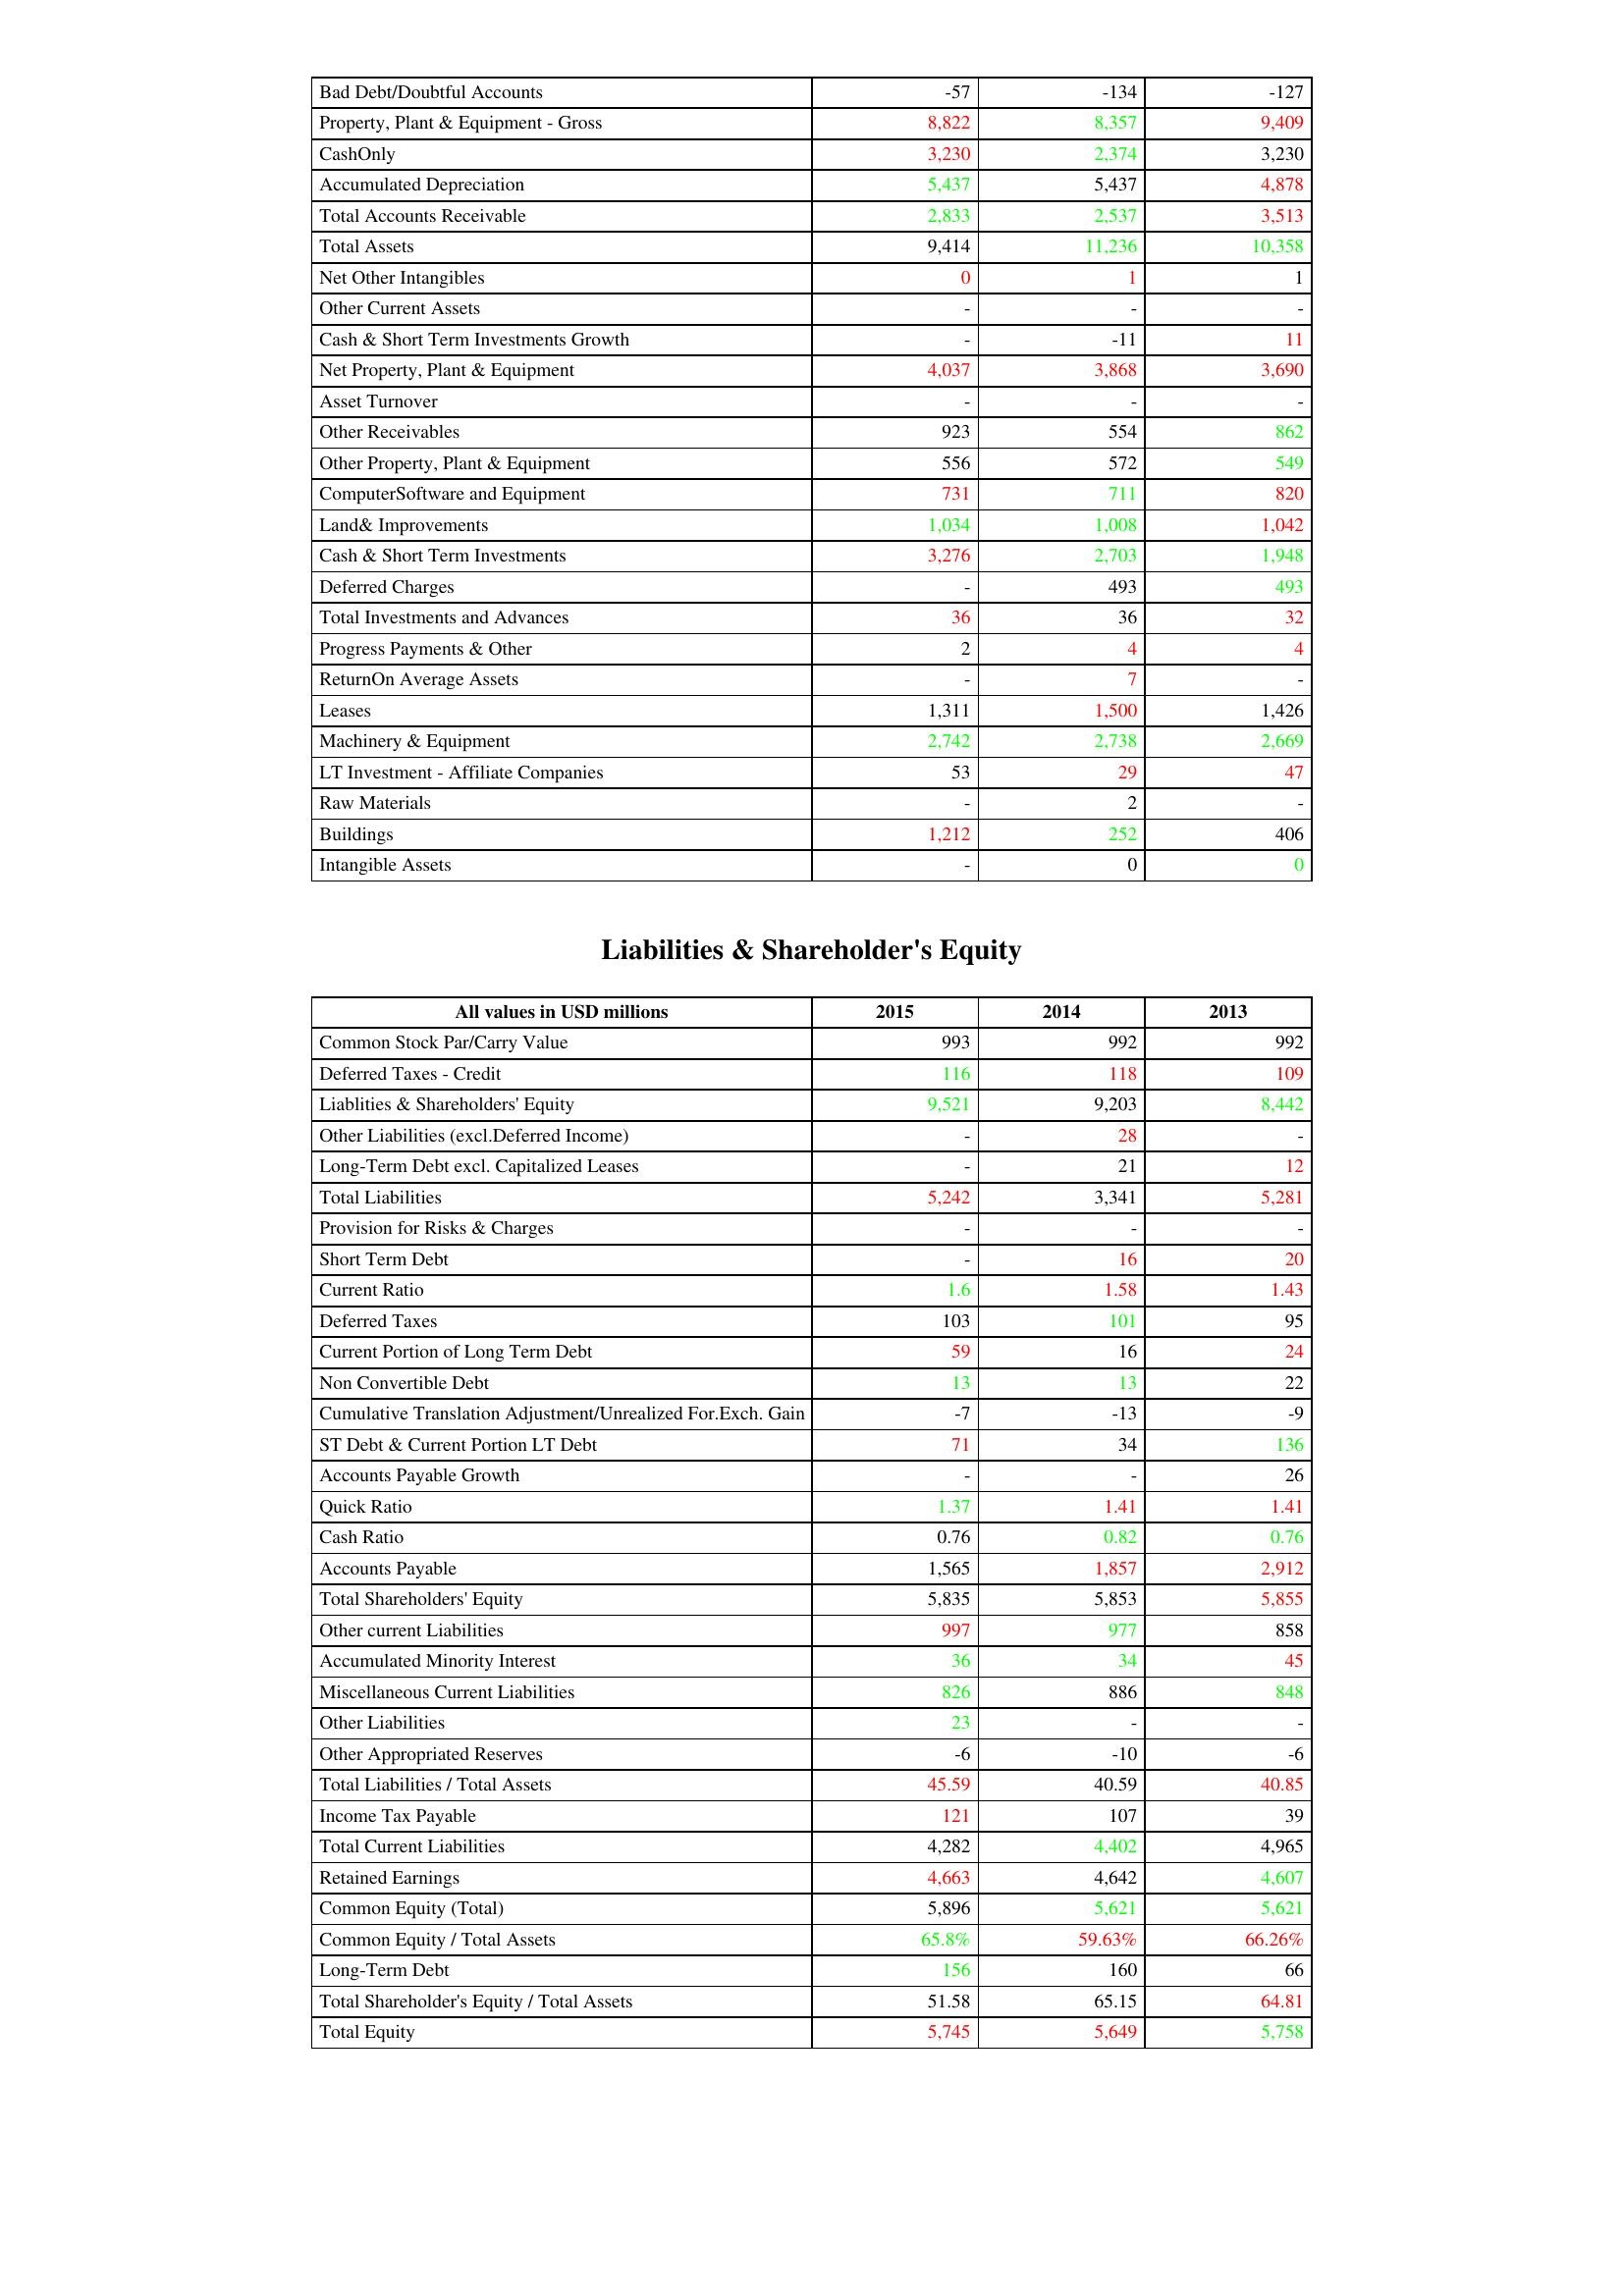
gt_parse: 2015: Assets: Bad Debt/Doubtful Accounts: -57
Property, Plant & Equipment - Gross : 8,822
CashOnly: 3,230
Accumulated Depreciation: 5,437
Total Accounts Receivable: 2,833
Total Assets: 9,414
Net Other Intangibles: 0
Other Current Assets: -
Cash & Short Term Investments Growth: -
Net Property, Plant & Equipment: 4,037
Asset Turnover: -
Other Receivables: 923
Other Property, Plant & Equipment: 556
ComputerSoftware and Equipment: 731
Land& Improvements: 1,034
Cash & Short Term Investments: 3,276
Deferred Charges: -
Total Investments and Advances: 36
Progress Payments & Other: 2
ReturnOn Average Assets: -
Leases: 1,311
Machinery & Equipment: 2,742
LT Investment - Affiliate Companies: 53
Raw Materials: -
Buildings: 1,212
Intangible Assets: -
Liabilities & Shareholder's Equity: Common Stock Par/Carry Value: 993
Deferred Taxes - Credit: 116
Liablities & Shareholders' Equity: 9,521
Other Liabilities (excl.Deferred Income): -
Long-Term Debt excl. Capitalized Leases: -
Total Liabilities: 5,242
Provision for Risks & Charges: -
Short Term Debt: -
Current Ratio: 1.6
Deferred Taxes: 103
Current Portion of Long Term Debt: 59
Non Convertible Debt: 13
Cumulative Translation Adjustment/Unrealized For.Exch. Gain: -7
ST Debt & Current Portion LT Debt: 71
Accounts Payable Growth: -
Quick Ratio: 1.37
Cash Ratio: 0.76
Accounts Payable: 1,565
Total Shareholders' Equity: 5,835
Other current Liabilities: 997
Accumulated Minority Interest: 36
Miscellaneous Current Liabilities: 826
Other Liabilities: 23
Other Appropriated Reserves: -6
Total Liabilities / Total Assets: 45.59
Income Tax Payable: 121
Total Current Liabilities: 4,282
Retained Earnings: 4,663
Common Equity (Total): 5,896
Common Equity / Total Assets: 65.8%
Long-Term Debt: 156
Total Shareholder's Equity / Total Assets: 51.58
Total Equity: 5,745
2014: Assets: Bad Debt/Doubtful Accounts: -134
Property, Plant & Equipment - Gross : 8,357
CashOnly: 2,374
Accumulated Depreciation: 5,437
Total Accounts Receivable: 2,537
Total Assets: 11,236
Net Other Intangibles: 1
Other Current Assets: -
Cash & Short Term Investments Growth: -11
Net Property, Plant & Equipment: 3,868
Asset Turnover: -
Other Receivables: 554
Other Property, Plant & Equipment: 572
ComputerSoftware and Equipment: 711
Land& Improvements: 1,008
Cash & Short Term Investments: 2,703
Deferred Charges: 493
Total Investments and Advances: 36
Progress Payments & Other: 4
ReturnOn Average Assets: 7
Leases: 1,500
Machinery & Equipment: 2,738
LT Investment - Affiliate Companies: 29
Raw Materials: 2
Buildings: 252
Intangible Assets: 0
Liabilities & Shareholder's Equity: Common Stock Par/Carry Value: 992
Deferred Taxes - Credit: 118
Liablities & Shareholders' Equity: 9,203
Other Liabilities (excl.Deferred Income): 28
Long-Term Debt excl. Capitalized Leases: 21
Total Liabilities: 3,341
Provision for Risks & Charges: -
Short Term Debt: 16
Current Ratio: 1.58
Deferred Taxes: 101
Current Portion of Long Term Debt: 16
Non Convertible Debt: 13
Cumulative Translation Adjustment/Unrealized For.Exch. Gain: -13
ST Debt & Current Portion LT Debt: 34
Accounts Payable Growth: -
Quick Ratio: 1.41
Cash Ratio: 0.82
Accounts Payable: 1,857
Total Shareholders' Equity: 5,853
Other current Liabilities: 977
Accumulated Minority Interest: 34
Miscellaneous Current Liabilities: 886
Other Liabilities: -
Other Appropriated Reserves: -10
Total Liabilities / Total Assets: 40.59
Income Tax Payable: 107
Total Current Liabilities: 4,402
Retained Earnings: 4,642
Common Equity (Total): 5,621
Common Equity / Total Assets: 59.63%
Long-Term Debt: 160
Total Shareholder's Equity / Total Assets: 65.15
Total Equity: 5,649
2013: Assets: Bad Debt/Doubtful Accounts: -127
Property, Plant & Equipment - Gross : 9,409
CashOnly: 3,230
Accumulated Depreciation: 4,878
Total Accounts Receivable: 3,513
Total Assets: 10,358
Net Other Intangibles: 1
Other Current Assets: -
Cash & Short Term Investments Growth: 11
Net Property, Plant & Equipment: 3,690
Asset Turnover: -
Other Receivables: 862
Other Property, Plant & Equipment: 549
ComputerSoftware and Equipment: 820
Land& Improvements: 1,042
Cash & Short Term Investments: 1,948
Deferred Charges: 493
Total Investments and Advances: 32
Progress Payments & Other: 4
ReturnOn Average Assets: -
Leases: 1,426
Machinery & Equipment: 2,669
LT Investment - Affiliate Companies: 47
Raw Materials: -
Buildings: 406
Intangible Assets: 0
Liabilities & Shareholder's Equity: Common Stock Par/Carry Value: 992
Deferred Taxes - Credit: 109
Liablities & Shareholders' Equity: 8,442
Other Liabilities (excl.Deferred Income): -
Long-Term Debt excl. Capitalized Leases: 12
Total Liabilities: 5,281
Provision for Risks & Charges: -
Short Term Debt: 20
Current Ratio: 1.43
Deferred Taxes: 95
Current Portion of Long Term Debt: 24
Non Convertible Debt: 22
Cumulative Translation Adjustment/Unrealized For.Exch. Gain: -9
ST Debt & Current Portion LT Debt: 136
Accounts Payable Growth: 26
Quick Ratio: 1.41
Cash Ratio: 0.76
Accounts Payable: 2,912
Total Shareholders' Equity: 5,855
Other current Liabilities: 858
Accumulated Minority Interest: 45
Miscellaneous Current Liabilities: 848
Other Liabilities: -
Other Appropriated Reserves: -6
Total Liabilities / Total Assets: 40.85
Income Tax Payable: 39
Total Current Liabilities: 4,965
Retained Earnings: 4,607
Common Equity (Total): 5,621
Common Equity / Total Assets: 66.26%
Long-Term Debt: 66
Total Shareholder's Equity / Total Assets: 64.81
Total Equity: 5,758